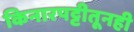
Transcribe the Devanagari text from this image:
किनारपट्टीतूनही